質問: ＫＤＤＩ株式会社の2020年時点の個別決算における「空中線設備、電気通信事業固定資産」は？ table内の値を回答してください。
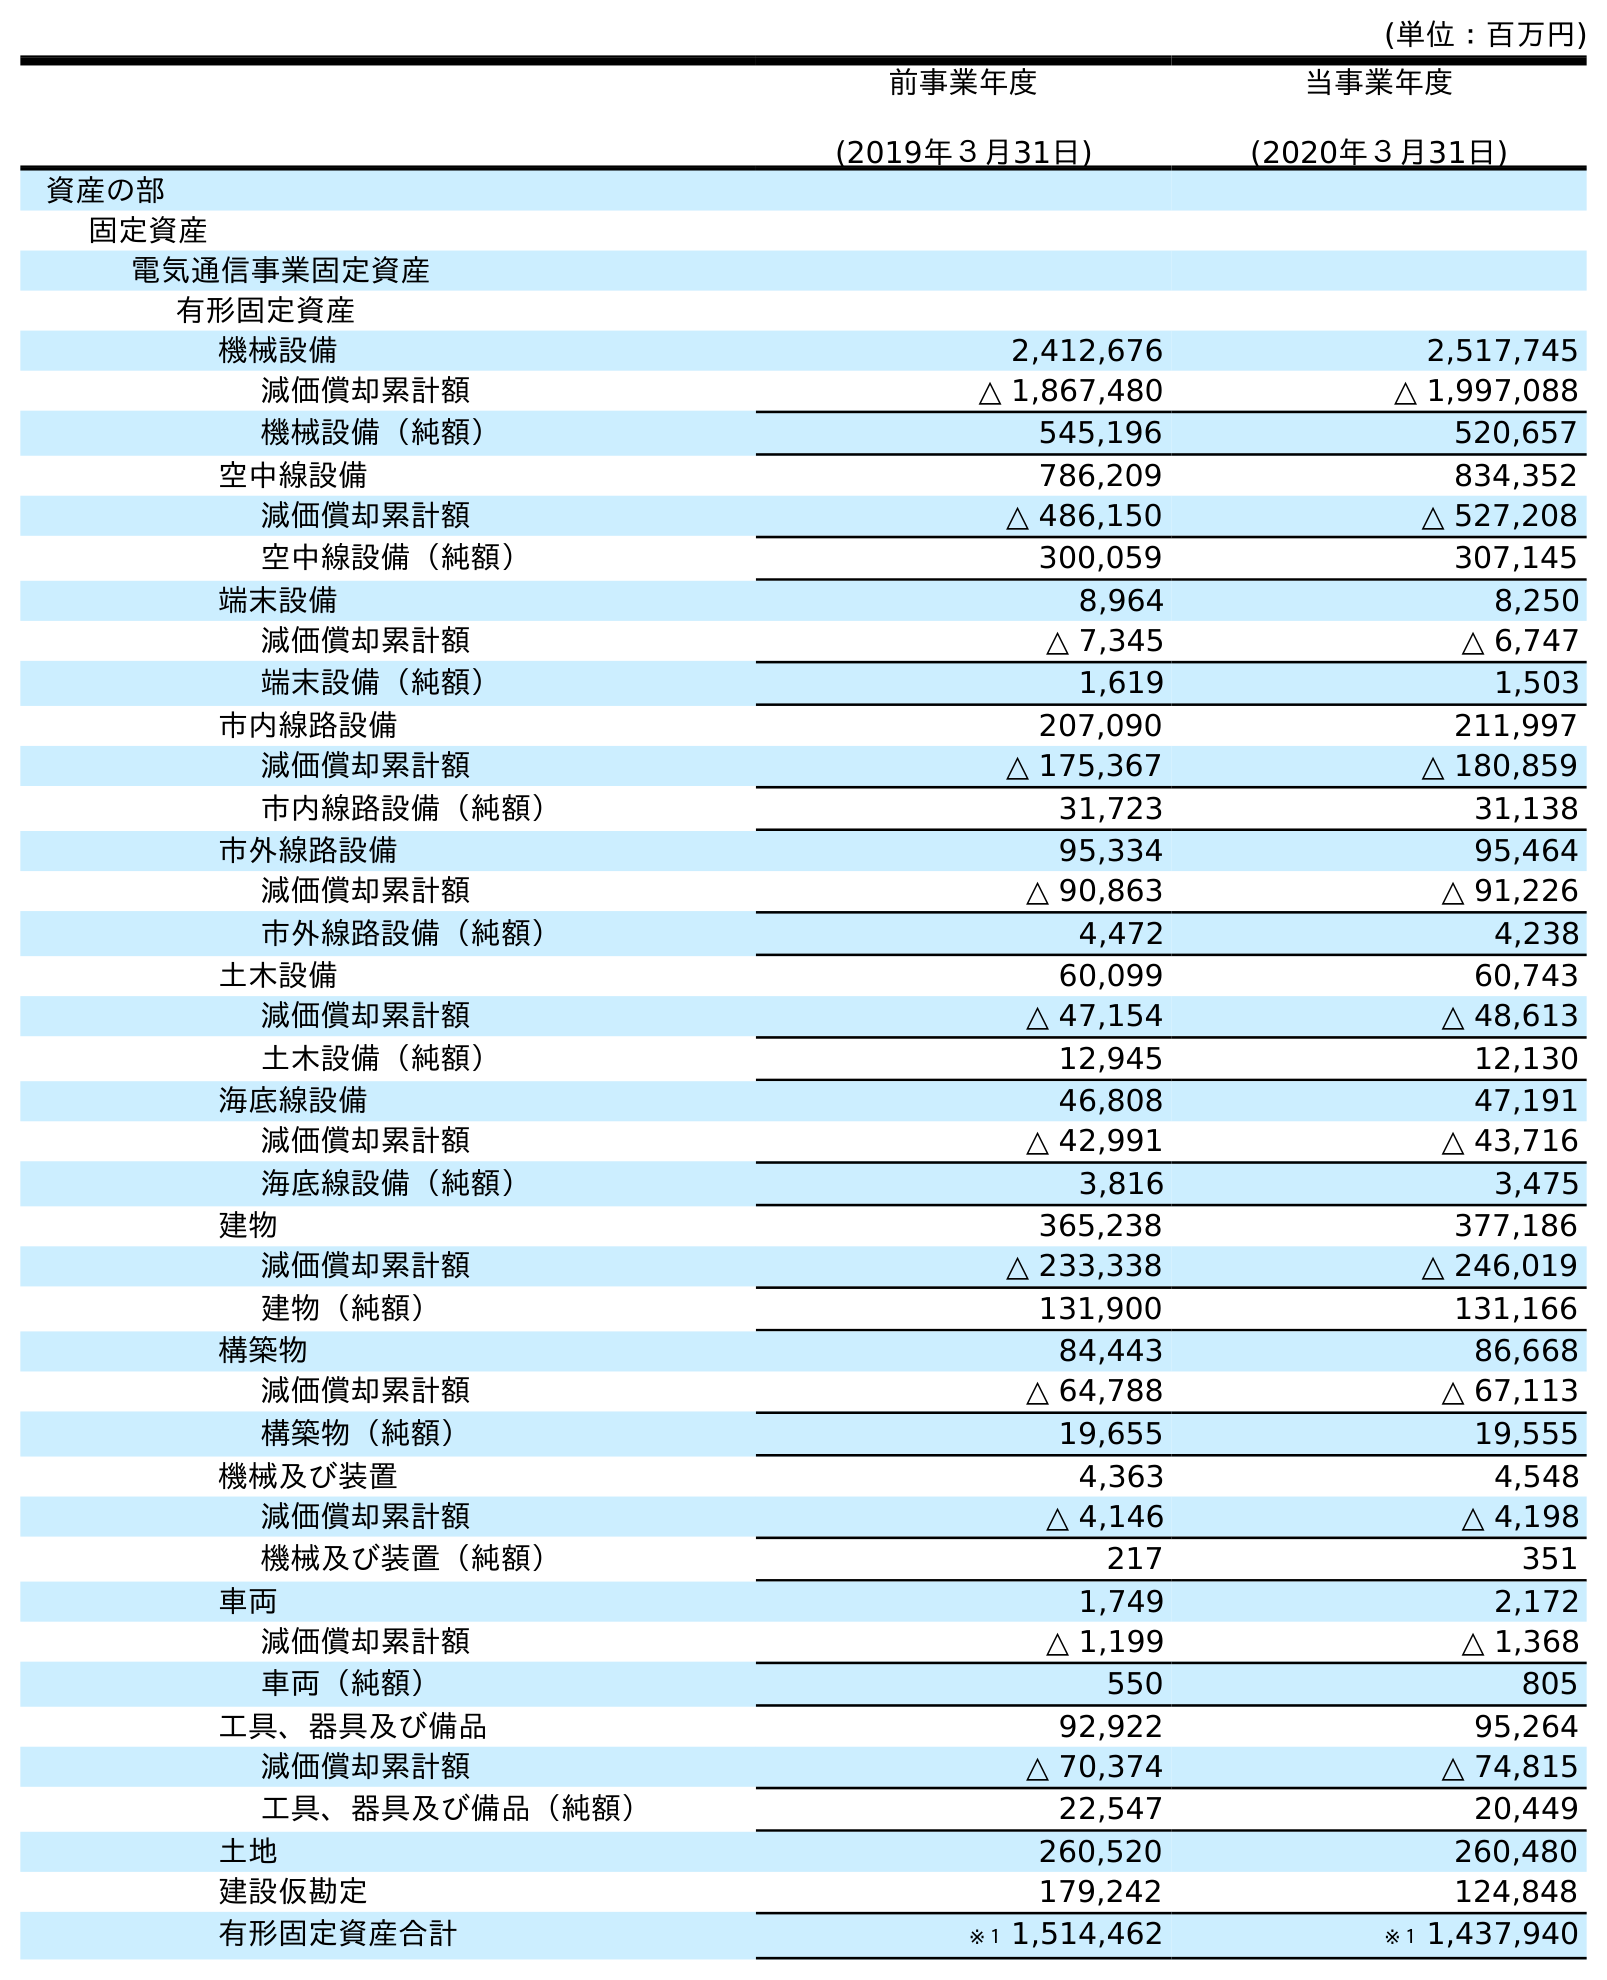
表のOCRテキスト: (単位：百万円) 前事業年度 (2019年３月31日) 当事業年度 (2020年３月31日) 資産の部 固定資産 電気通信事業固定資産 有形固定資産 機械設備 2,412,676 2,517,745 減価償却累計額 △ 1,867,480 △ 1,997,088 機械設備（純額） 545,196 520,657 空中線設備 786,209 834,352 減価償却累計額 △ 486,150 △ 527,208 空中線設備（純額） 300,059 307,145 端末設備 8,964 8,250 減価償却累計額 △ 7,345 △ 6,747 端末設備（純額） 1,619 1,503 市内線路設備 207,090 211,997 減価償却累計額 △ 175,367 △ 180,859 市内線路設備（純額） 31,723 31,138 市外線路設備 95,334 95,464 減価償却累計額 △ 90,863 △ 91,226 市外線路設備（純額） 4,472 4,238 土木設備 60,099 60,743 減価償却累計額 △ 47,154 △ 48,613 土木設備（純額） 12,945 12,130 海底線設備 46,808 47,191 減価償却累計額 △ 42,991 △ 43,716 海底線設備（純額） 3,816 3,475 建物 365,238 377,186 減価償却累計額 △ 233,338 △ 246,019 建物（純額） 131,900 131,166 構築物 84,443 86,668 減価償却累計額 △ 64,788 △ 67,113 構築物（純額） 19,655 19,555 機械及び装置 4,363 4,548 減価償却累計額 △ 4,146 △ 4,198 機械及び装置（純額） 217 351 車両 1,749 2,172 減価償却累計額 △ 1,199 △ 1,368 車両（純額） 550 805 工具、器具及び備品 92,922 95,264 減価償却累計額 △ 70,374 △ 74,815 工具、器具及び備品（純額） 22,547 20,449 土地 260,520 260,480 建設仮勘定 179,242 124,848 有形固定資産合計 ※１ 1,514,462 ※１ 1,437,940
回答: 834,352